Report of the Indian Hemp Drugs Commission, 1894-1895 - Volume VII
Year: 1894
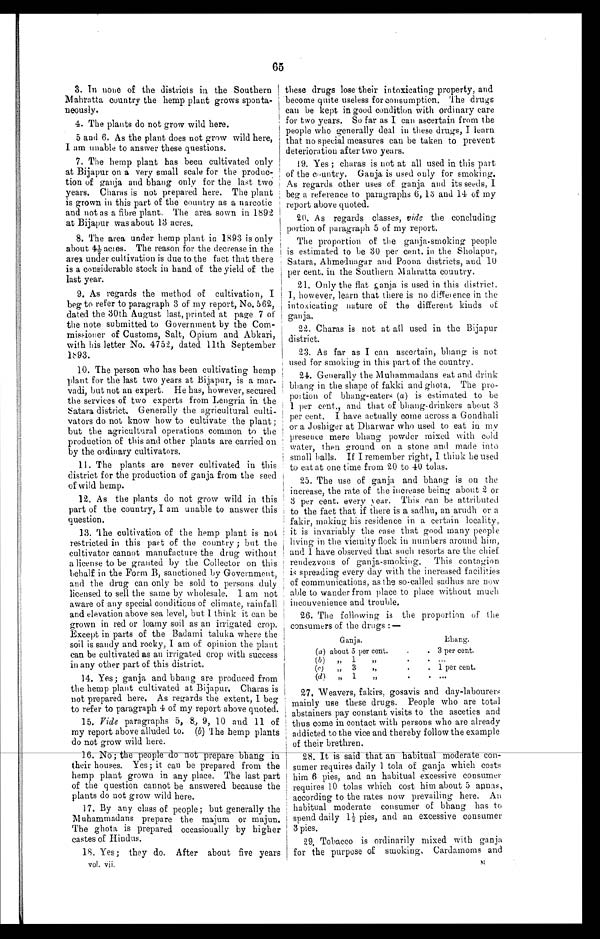
Ganja.
Bhang.
(a) about 5 per cent
3 per cent.
( b) " 1" . . .
(c)"3". . . 1 per cent.
(d)"1" . . .
27. Weavers, fakirs, gosavis and day-labourers
mainly use these drugs. People who are total
abstainers pay constant visits to the ascetics and
thus come in contact with persons who are already
addicted to the vice and thereby follow the example
of their brethren.
28. It is said that an habitual moderate con
-
sumer requires daily 1 tola of ganja which costs
him 6 pies, and an habitual excessive consumer
requires 10 tolas which cost him about 5 annas,
according to the rates now prevailing here. An
habitual moderate consumer of bhang has to
spend daily 1½ pies, and an excessive consumer
3 pies.
29. Tobacco is ordinarily mixed with ganja
for the purpose of smoking, Cardamoms and
V o l . v i i .
65
3. In none of the districts in the Southern
Mahratta country the hemp plant grows sponta
-
neously.
4 . T h e p l a n t s d o n o t g r o w w i l d h e r e .
5 and 6. As the plant does not grow wild here,
I am unable to answer these questions.
7. The hemp plant has been cultivated only
at Bijapur on a very small scale for the produc-
tion of ganja and bhang only for the last two
years. Charas is not prepared here. The plant
is grown in this part of the country as a narcotic
and not as a fibre plant. The area sown in 1892
at Bijapur was about 13 acres.
8.
The area under hemp plant in 1893 is only
about 4½ acres. The reason for the decrease in the
area under cultivation is due to the fact that there
is a considerable stock in hand of the yield of the
last year.
9 . A s r e g a r d s t h e m e t h o d o f c u l t i v a t i o n , I
beg to refer to paragraph 3 of my report, No. 562,
dated the 30th August last, printed at page 7 of
the note submitted to Government by the Com
-
missioner of Customs, Salt, Opium and Abkari,
with his letter No. 4752, dated 11th September
1 8 9 3 .
10. The person who has been cultivating hemp
plant for the last two years at Bijapur, is a mar
-
vadi, but not an expert. He has, however, secured
the services of two experts from Lengria in the
Satara district. Generally the agricultural culti
-
vators do not know how to cultivate the plant ;
but the agricultural operations common to the
production of this and other plants are carried on
by the ordinary cultivators.
11. The plants are never cultivated in this
district for the production of ganja from the seed
of wild hemp.
12. As the plants do not grow wild in this
part of the country, I am unable to answer this
question.
13. The cultivation of the hemp plant is not
restricted in this part of the country ; but the
cultivator cannot manufacture the drug without
a license to be granted by the Collector on this
behalf in the Form B, sanctioned by Government,
and the drug can only be sold to persons duly
licensed to sell the same by wholesale. I am not
aware of any special conditions of climate, rainfall
and elevation above sea level, but I think it can be
grown in red or loamy soil as an irrigated crop.
Except in parts of the Badami taluka where the
soil is sandy and rocky, I am of opinion the plant
can be cultivated as an irrigated crop with success
in any other part of this district.
14. Yes; ganja and bhang are produced from
the hemp plant cultivated at Bijapur. Charas is
not prepared here. As regards the extent, I beg
to refer to paragraph 4 of my report above quoted.
15. Vide paragraphs 5, 8, 9, 10 and 11 of
my report above alluded to. (b) The hemp plants
do not grow wild here.
16. No; the people do not prepare bhang in
their houses. Yes ; it can be prepared from the
hemp plant grown in any place. The last part
of the question cannot be answered because the
plants do not grow wild here.
1 7 . B y a n y c l a s s o f p e o p l e ; b u t g e n e r a l l y t h e
M u h a m m a d a n s p r e p a r e t h e m a j u m o r m a j u n .
The ghota is prepared occasionally by higher
castes of Hindus.
1 8 . Y e s ; t h e y d o . A f t e r a b o u t f i v e y e a r s
these drugs lose their intoxicating property, and
become quite useless for consumption. The drugs
can be kept in good condition with ordinary care
for two years. So far as I can ascertain from the
people who generally deal in these drugs, I learn
that no special measures can be taken to prevent
deterioration after two years.
19. Yes; charas is not at all used in this part
of the country. Ganja is used only for smoking.
As regards other uses of ganja and its seeds, I
beg a reference to paragraphs 6, 13 and 14 of my
report above quoted.
20. As regards classes, vide the concluding
portion of paragraph 5 of my report.
The proportion of the ganja-smoking people
is estimated to be 30 per cent. in the Sholapur,
Satara, Ahmednagar and Poona districts, and 10
p e r c e n t . i n t h e So u t h e r n Ma h r a t t a c o u n t r y .
21. Only the flat ganja is used in this district.
I, however, learn that there is no difference in the
intoxicating nature of the different kinds of
ganja.
22. Charas is not at all used in the Bijapur
district.
23. As far as I can ascertain, bhang is not
used for smoking in this part of the country.
24. Generally the Muhammadans eat and drink
bhang in the shape of fakki and ghot a. The pro
-
portion of bhang-eaters ( a ) is estimated to be
1 per cent., and that of bhang-drinkers about 3
per cent. I have actually come across a Gondhali
or a Joshiger at Dharwar who used to eat in my
presence mere bhang powder mixed with cold
water, then ground on a stone and made into
small balls. If I remember right, I think he used
to eat at one time from 20 to 40 tolas.
25. The use of ganja and bhang is on the
increase, the rate of the increase being about 2 or
3 per cent. every year. This can be attributed
to the fact that if there is a sadhu, an arudh or a
fakir, making his residence in a certain locality,
it is invariably the case that good many people
living in the vicinity flock in numbers around him,
and 1 have observed that such resorts are the chief
rendezvous of ganja-smoking. This contagion
is spreading every day with the increased facilities
of communications, as the so-called sadhus are now
able to wander from place to place without much
inconvenience and trouble.
26. The following is the proportion of the
consumers of the drugs :—